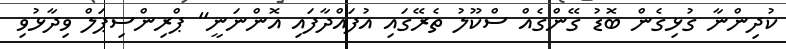
ކުދިންނާ ގުޅިގެން ބޮޑު ގޭންގެއް ސްކޫލު ތެރޭގައި އުފައްދާފައި އޮންނަނީ" ޕްރިންސިޕަލް ވިދާޅުވި